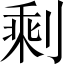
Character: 剩